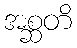
အစ္ဆတိ